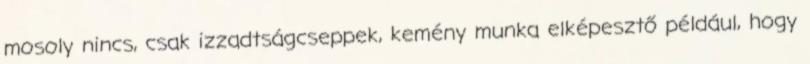
mosoly nincs, csak izzadtságcseppek, kemény munka elképesztő például, hogy